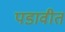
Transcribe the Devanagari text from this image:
पडावीत